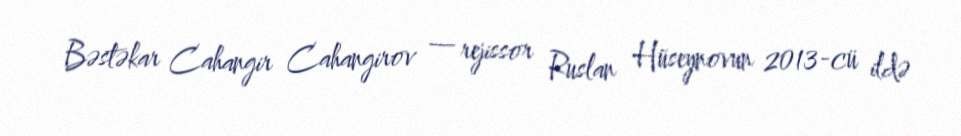
Bəstəkar Cahangir Cahangirov — rejissor Ruslan Hüseynovun 2013-cü ildə